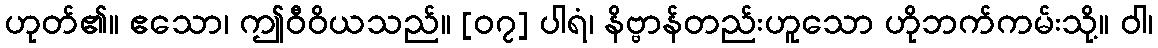
ဟုတ်၏။ ဧသော၊ ဤဝီဝိယသည်။ [၀၇] ပါရံ၊ နိဗ္ဗာန်တည်းဟူသော ဟိုဘက်ကမ်းသို့။ ဝါ၊